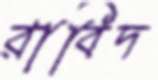
রাবিদ